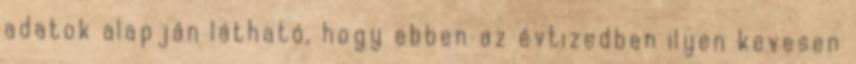
adatok alapján látható, hogy ebben az évtizedben ilyen kevesen